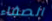
الصفاء